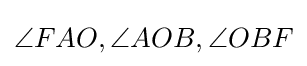
\angle FAO,\angle AOB,\angle OBF